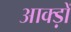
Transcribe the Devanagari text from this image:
आक्ड़ों